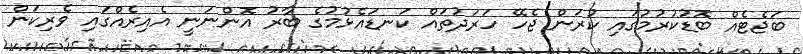
ބަޖެޓެއް ބޮޑުކުރުމުގައި ކުރަން ޖެހޭ ހަރަދުތައް ކަނޑައެޅުމުގެ ބާރު އޮންނަނީ އެއިރެއްގައި ވެރިކަން